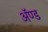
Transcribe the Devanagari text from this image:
ॲण्‍ड